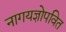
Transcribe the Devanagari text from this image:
नागयज्ञोपवित